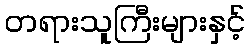
တရားသူကြီးများနှင့်